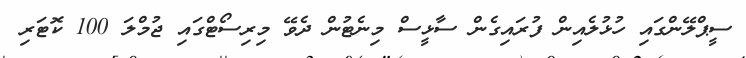
ސީޕްލޭންގައި ހުޅުލެއިން ފުރައިގެން ސާޅީސް މިނެޓުން ދެވޭ މިރިސޯޓްގައި ޖުމްލަ 100 ކޮޓަރި